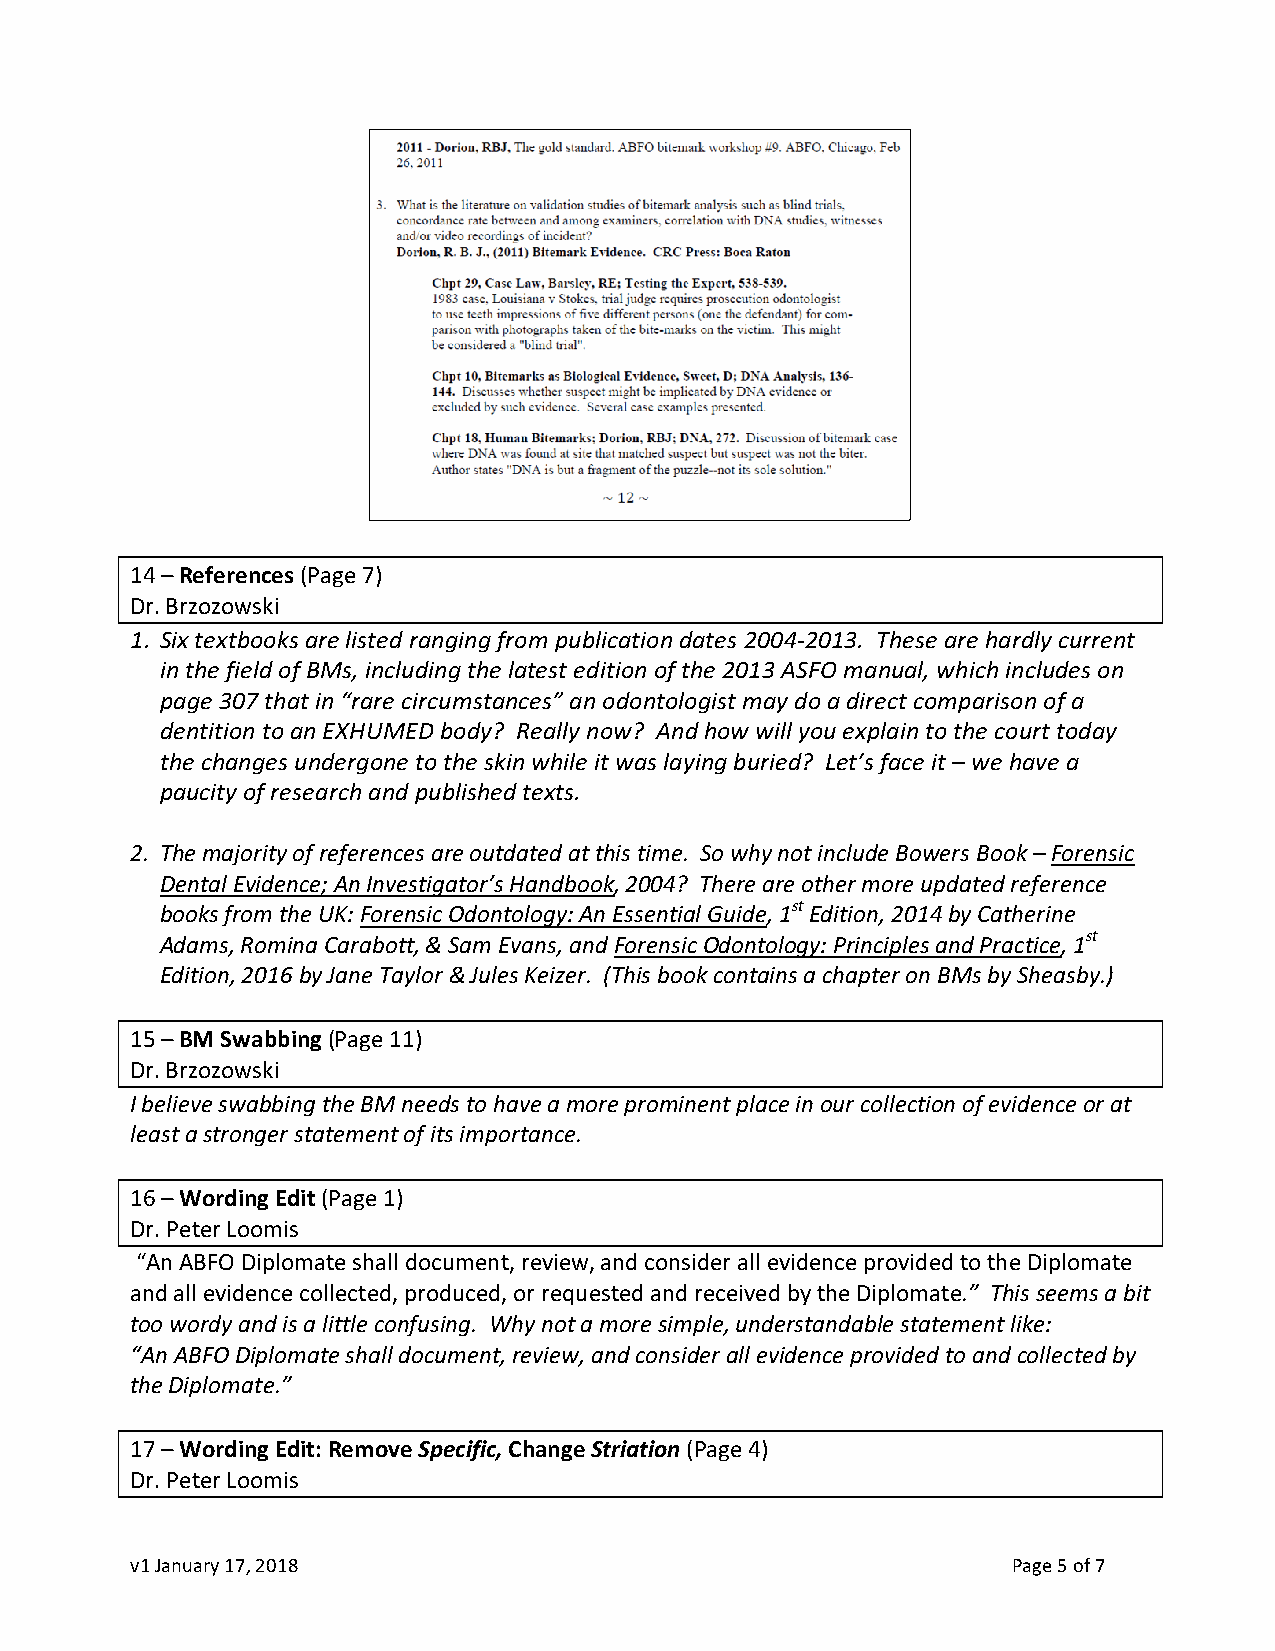
14 – References (Page 7)
 Dr. Brzozowski
 1. Six textbooks are listed ranging from publication dates 2004-2013. These are hardly current
 in the field of BMs, including the latest edition of the 2013 ASFO manual, which includes on
 page 307 that in “rare circumstances” an odontologist may do a direct comparison of a
 dentition to an EXHUMED body? Really now? And how will you explain to the court today
 the changes undergone to the skin while it was laying buried? Let’s face it – we have a
 paucity of research and published texts.
 2. The majority of references are outdated at this time. So why not include Bowers Book – Forensic
 Dental Evidence; An Investigator’s Handbook, 2004? There are other more updated reference
 books from the UK: Forensic Odontology: An Essential Guide, 1st Edition, 2014 by Catherine
 Adams, Romina Carabott, & Sam Evans, and Forensic Odontology: Principles and Practice, 1st
 Edition, 2016 by Jane Taylor & Jules Keizer. (This book contains a chapter on BMs by Sheasby.)
 15 – BM Swabbing (Page 11)
 Dr. Brzozowski
 I believe swabbing the BM needs to have a more prominent place in our collection of evidence or at
 least a stronger statement of its importance.
 16 – Wording Edit (Page 1)
 Dr. Peter Loomis
 “An ABFO Diplomate shall document, review, and consider all evidence provided to the Diplomate
 and all evidence collected, produced, or requested and received by the Diplomate.” This seems a bit
 too wordy and is a little confusing. Why not a more simple, understandable statement like:
 “An ABFO Diplomate shall document, review, and consider all evidence provided to and collected by
 the Diplomate.”
 17 – Wording Edit: Remove Specific, Change Striation (Page 4)
 Dr. Peter Loomis
 v1 January 17, 2018                                       Page 5 of 7